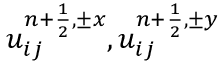
u _ { i j } ^ { { n + \frac { 1 } { 2 } } , \pm x } , u _ { i j } ^ { { n + \frac { 1 } { 2 } } , \pm y }